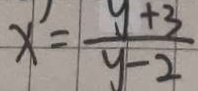
x = \frac { y + 3 } { y - 2 }